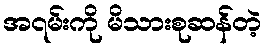
အ၇မ်းကို မိသားစုဆန်တဲ့